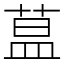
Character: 蒀